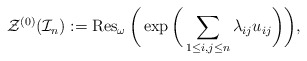
\begin{gather*}{\cal{Z}}^{(0)}({\cal{I}}_{n}):= \operatorname{Res}_{\omega} \bigg(\exp \bigg( \sum_{1 \le i, j \le n} \lambda_{ij} u_{ij} \bigg) \bigg),\end{gather*}